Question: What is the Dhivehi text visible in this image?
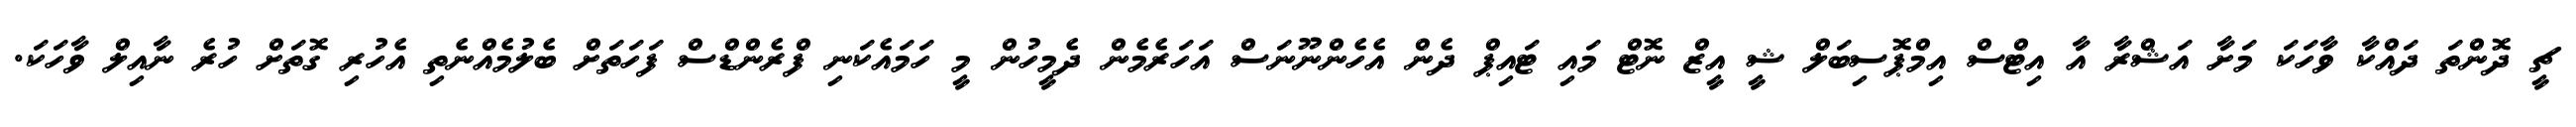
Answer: ޗީ ދޮންތަ ދައްކާ ވާހަކަ މަށާ އަޝްރާ އާ އިޓްސް އިމްޕޮސިބަލް ޝީ އީޒް ނޮޓް މައި ޓައިޕް ދެން އެހެންނޫނަސް އަހަރެމެން ދެމީހުން މީ ހަމައެކަނި ފްރެންޑްސް ފަހަތަށް ބެލުމެއްނެތި އެހުރި ގޮތަށް ހުރެ ނާއިލް ވާހަކަ.